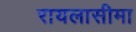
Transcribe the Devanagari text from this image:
रायलासीमा